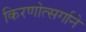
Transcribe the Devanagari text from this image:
किरणोत्सर्गाने